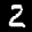
Label: 2